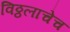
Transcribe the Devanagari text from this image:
विठ्ठलाचेच